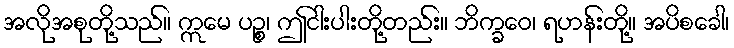
အလိုအစုတို့သည်။ ဣမေ ပဉ္စ၊ ဤငါးပါးတို့တည်း။ ဘိက္ခဝေ၊ ရဟန်းတို့။ အပိစခေါ၊